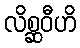
လိစ္ဆဝီဟိ